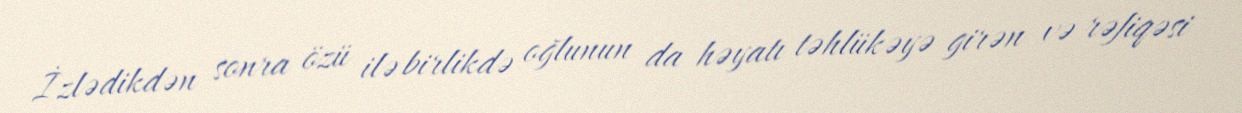
İzlədikdən sonra özü ilə birlikdə oğlunun da həyatı təhlükəyə girən və rəfiqəsi